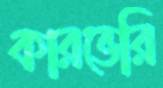
কারভেরি